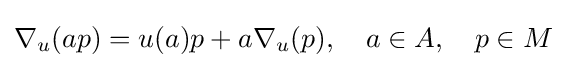
\nabla _{u}(ap)=u(a)p+a\nabla _{u}(p),\quad a\in A,\quad p\in M